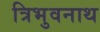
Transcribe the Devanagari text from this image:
त्रिभुवनाथ